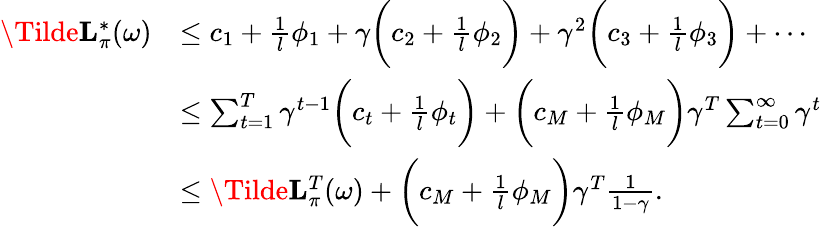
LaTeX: \begin{array}{rl}{\Tilde{\mathbf{L}}_{\pi}^{*}(\omega)}&{\leq c_{1}+\frac{1}{l}\phi_{1}+\gamma\bigg(c_{2}+\frac{1}{l}\phi_{2}\bigg)+\gamma^{2}\bigg(c_{3}+\frac{1}{l}\phi_{3}\bigg)+\cdots}\\ &{\leq\sum_{t=1}^{T}\gamma^{t-1}\bigg(c_{t}+\frac{1}{l}\phi_{t}\bigg)+\bigg(c_{M}+\frac{1}{l}\phi_{M}\bigg)\gamma^{T}\sum_{t=0}^{\infty}\gamma^{t}}\\ &{\leq\Tilde{\mathbf{L}}_{\pi}^{T}(\omega)+\bigg(c_{M}+\frac{1}{l}\phi_{M}\bigg)\gamma^{T}\frac{1}{1-\gamma}.}\end{array}